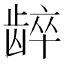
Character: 𬺋